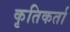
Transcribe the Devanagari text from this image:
कृतिकर्ता